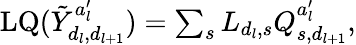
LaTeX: \begin{array}{r}{\mathrm{LQ}(\tilde{Y}_{d_{l},d_{l+1}}^{a_{l}^{\prime}})=\sum_{s}L_{d_{l},s}Q_{s,d_{l+1}}^{a_{l}^{\prime}},}\end{array}